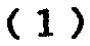
-1